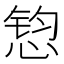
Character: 𱞲